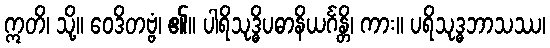
ဣတိ၊ သို့။ ဝေဒိတဗ္ဗံ၊ ၏။ ပါရိသုဒ္ဓိပဓာနိယင်္ဂန္တိ၊ ကား။ ပရိသုဒ္ဓဘာသဿ၊